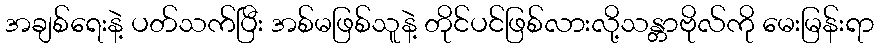
အချစ်ရေးနဲ့ ပတ်သက်ပြီး အစ်မဖြစ်သူနဲ့ တိုင်ပင်ဖြစ်လားလို့သန္တာဗိုလ်ကို မေးမြန်းရာ